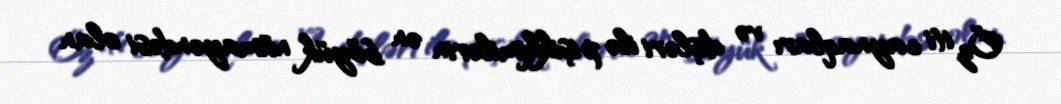
Öz iti caynaqları və dişləri ilə pişikkimilərin ən böyük nümayəndəsi olan